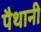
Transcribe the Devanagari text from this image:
पैथानी